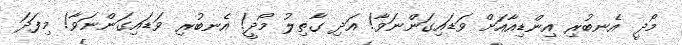
މޯދީ އެނބުރި އިންޑިއާއަށް ވަޑައިގަންނަވާ! އަދި ގާތިލު މޯދީ! އެނބުރި ވަޑައިގަންނަވާ! މިފަދަ